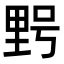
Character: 𮡓